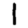
Digit: 1